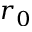
r _ { 0 }